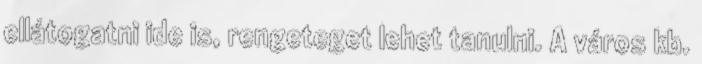
ellátogatni ide is, rengeteget lehet tanulni. A város kb.